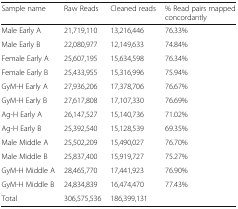
<table><thead><tr><td><b>Sample name</b></td><td><b>Raw Reads</b></td><td><b>Cleaned reads</b></td><td><b>% Read pairs mapped concordantly</b></td></tr></thead><tbody><tr><td>Male Early A</td><td>21,719,110</td><td>13,216,446</td><td>76.33%</td></tr><tr><td>Male Early B</td><td>22,080,977</td><td>12,149,633</td><td>74.84%</td></tr><tr><td>Female Early A</td><td>25,607,195</td><td>15,634,598</td><td>76.34%</td></tr><tr><td>Female Early B</td><td>25,433,955</td><td>15,316,996</td><td>75.94%</td></tr><tr><td>GyM-H Early A</td><td>27,936,206</td><td>17,378,706</td><td>76.67%</td></tr><tr><td>GyM-H Early B</td><td>27,617,808</td><td>17,107,330</td><td>76.69%</td></tr><tr><td>Ag-H Early A</td><td>26,147,527</td><td>15,140,736</td><td>71.02%</td></tr><tr><td>Ag-H Early B</td><td>25,392,540</td><td>15,128,539</td><td>69.35%</td></tr><tr><td>Male Middle A</td><td>25,502,209</td><td>15,490,027</td><td>76.70%</td></tr><tr><td>Male Middle B</td><td>25,837,400</td><td>15,919,727</td><td>75.27%</td></tr><tr><td>GyM-H Middle A</td><td>28,465,770</td><td>17,441,923</td><td>76.90%</td></tr><tr><td>GyM-H Middle B</td><td>24,834,839</td><td>16,474,470</td><td>77.43%</td></tr><tr><td>Total</td><td>306,575,536</td><td>186,399,131</td><td></td></tr></tbody></table>